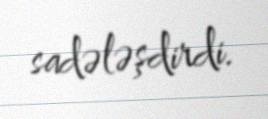
sadələşdirdi.